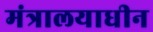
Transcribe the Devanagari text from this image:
मंत्रालयाधीन